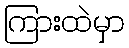
ကြားထဲမှာ